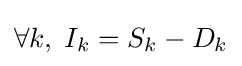
\forall k,\;I_{k}=S_{k}-D_{k}